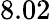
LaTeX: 8.02